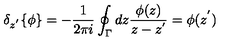
{ \delta } _ { z ^ { ' } } \{ \phi \} = - \frac { 1 } { 2 \pi i } \oint _ { \Gamma } d z \frac { \phi ( z ) } { z - z ^ { ' } } = \phi ( z ^ { ' } )